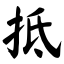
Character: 抵